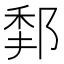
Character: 𨛻